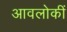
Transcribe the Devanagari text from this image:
आवलोकीं